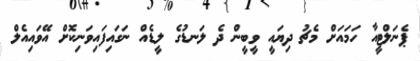
ޕެނަލްޓީއާ ހަމައަށް މެޗު ދިޔައީ ވީބީން ދެ ލަނޑުގެ ލީޑެއް ނަގައިފައިވަނިކޮށް އޭވައިއެލް